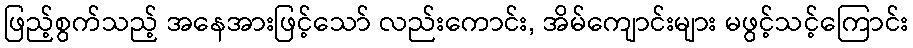
ဖြည့်စွက်သည့် အနေအားဖြင့်သော် လည်းကောင်း, အိမ်ကျောင်းများ မဖွင့်သင့်ကြောင်း